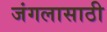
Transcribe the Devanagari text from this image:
जंगलासाठी